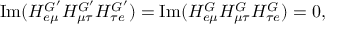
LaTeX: \mathrm { I m } ( H _ { e \mu } ^ { G ^ { \prime } } H _ { \mu \tau } ^ { G ^ { \prime } } H _ { \tau e } ^ { G ^ { \prime } } ) = \mathrm { I m } ( H _ { e \mu } ^ { G } H _ { \mu \tau } ^ { G } H _ { \tau e } ^ { G } ) = 0 ,